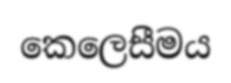
කෙලෙසීමය